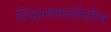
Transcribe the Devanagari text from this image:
विश्वाससार्हतेतील